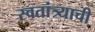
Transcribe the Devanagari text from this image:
स्वतांत्र्याची